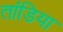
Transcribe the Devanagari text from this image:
तांडिया